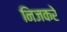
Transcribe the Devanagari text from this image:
निजकरे